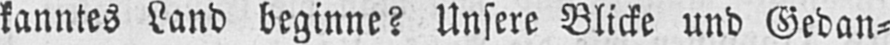
kanntes Land beginne? Unsere Blicke und Gedan⸗